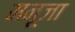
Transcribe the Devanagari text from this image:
मनूजा